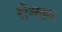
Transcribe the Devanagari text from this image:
रोन्सन